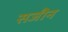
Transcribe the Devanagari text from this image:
सजीन